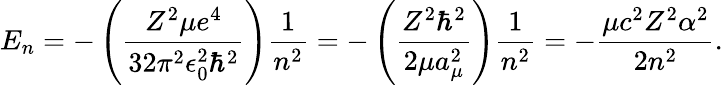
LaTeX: E_{n}=-\left({\frac{Z^{2}\mu e^{4}}{32\pi^{2}\epsilon_{0}^{2}\hbar^{2}}}\right){\frac{1}{n^{2}}}=-\left({\frac{Z^{2}\hbar^{2}}{2\mu a_{\mu}^{2}}}\right){\frac{1}{n^{2}}}=-{\frac{\mu c^{2}Z^{2}\alpha^{2}}{2n^{2}}}.